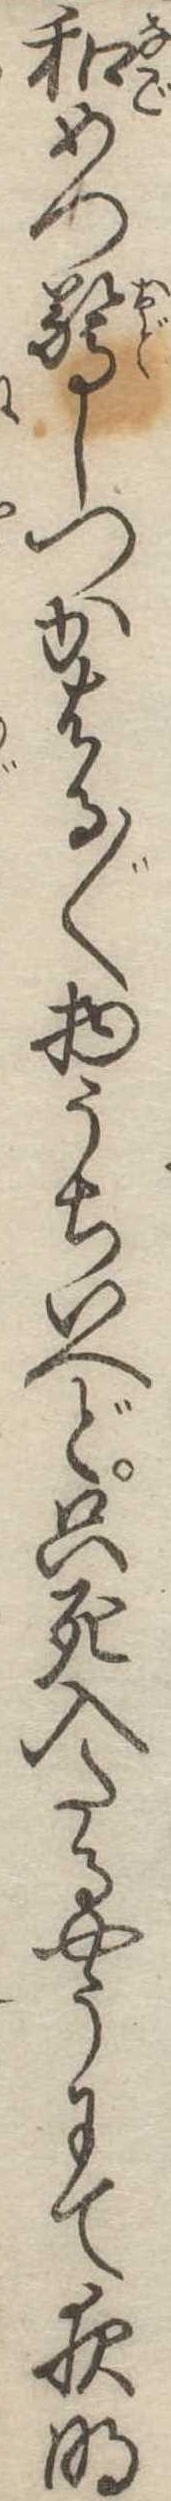
和めつ驚しつかはる〱物うちいへど只死入たるやうにて夜明